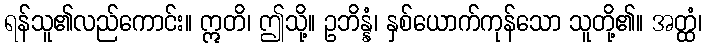
ရန်သူ၏လည်ကောင်း။ ဣတိ၊ ဤသို့။ ဥဘိန္နံ၊ နှစ်ယောက်ကုန်သော သူတို့၏။ အတ္ထံ၊